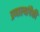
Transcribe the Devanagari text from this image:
प्रणाल्यांपैकी